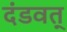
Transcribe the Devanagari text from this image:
दंडवत्‌